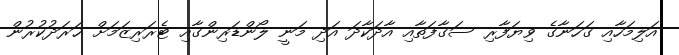
އަލިމަހާއި ގަހަނާގެ ވިޔަފާރި ސަގާފަތާއި އާދަކާދަ އަދި މަނީ ލޯންޑަރިންގާއި ޓެރަރިޒަމަށް ޚަރަދުކުރުން